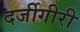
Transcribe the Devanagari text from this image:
दर्जीगीरी